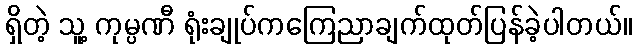
ရှိတဲ့ သူ့ ကုမ္ပဏီ ရုံးချုပ်ကကြေညာချက်ထုတ်ပြန်ခဲ့ပါတယ်။